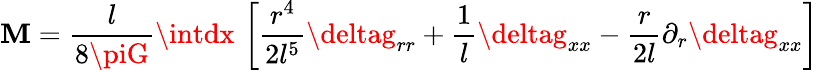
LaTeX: \mathbf{M}=\frac{{l}}{{8\piG}}\intdx\, \left[\frac{{r^{4}}}{{2l^{5}}}\deltag_{rr}+\frac{{1}}{{l}}\deltag_{xx}-\frac{{r}}{{2l}}\partial_{r}\deltag_{xx}\right]